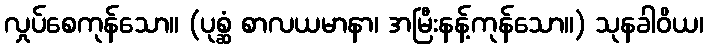
လှုပ်စေကုန်သော။ (ပုစ္ဆံ စာလယမာနာ၊ အမြီးနန့်ကုန်သော။) သုနခါဝိယ၊